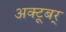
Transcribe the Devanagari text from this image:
अक्टूबर्